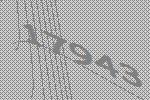
17943